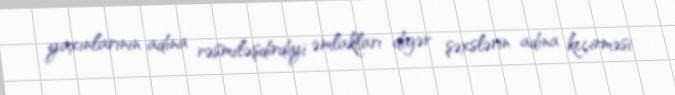
yaxınlarının adına rəsmiləşdirdiyi əmlakları digər şəxslərin adına keçirməsi